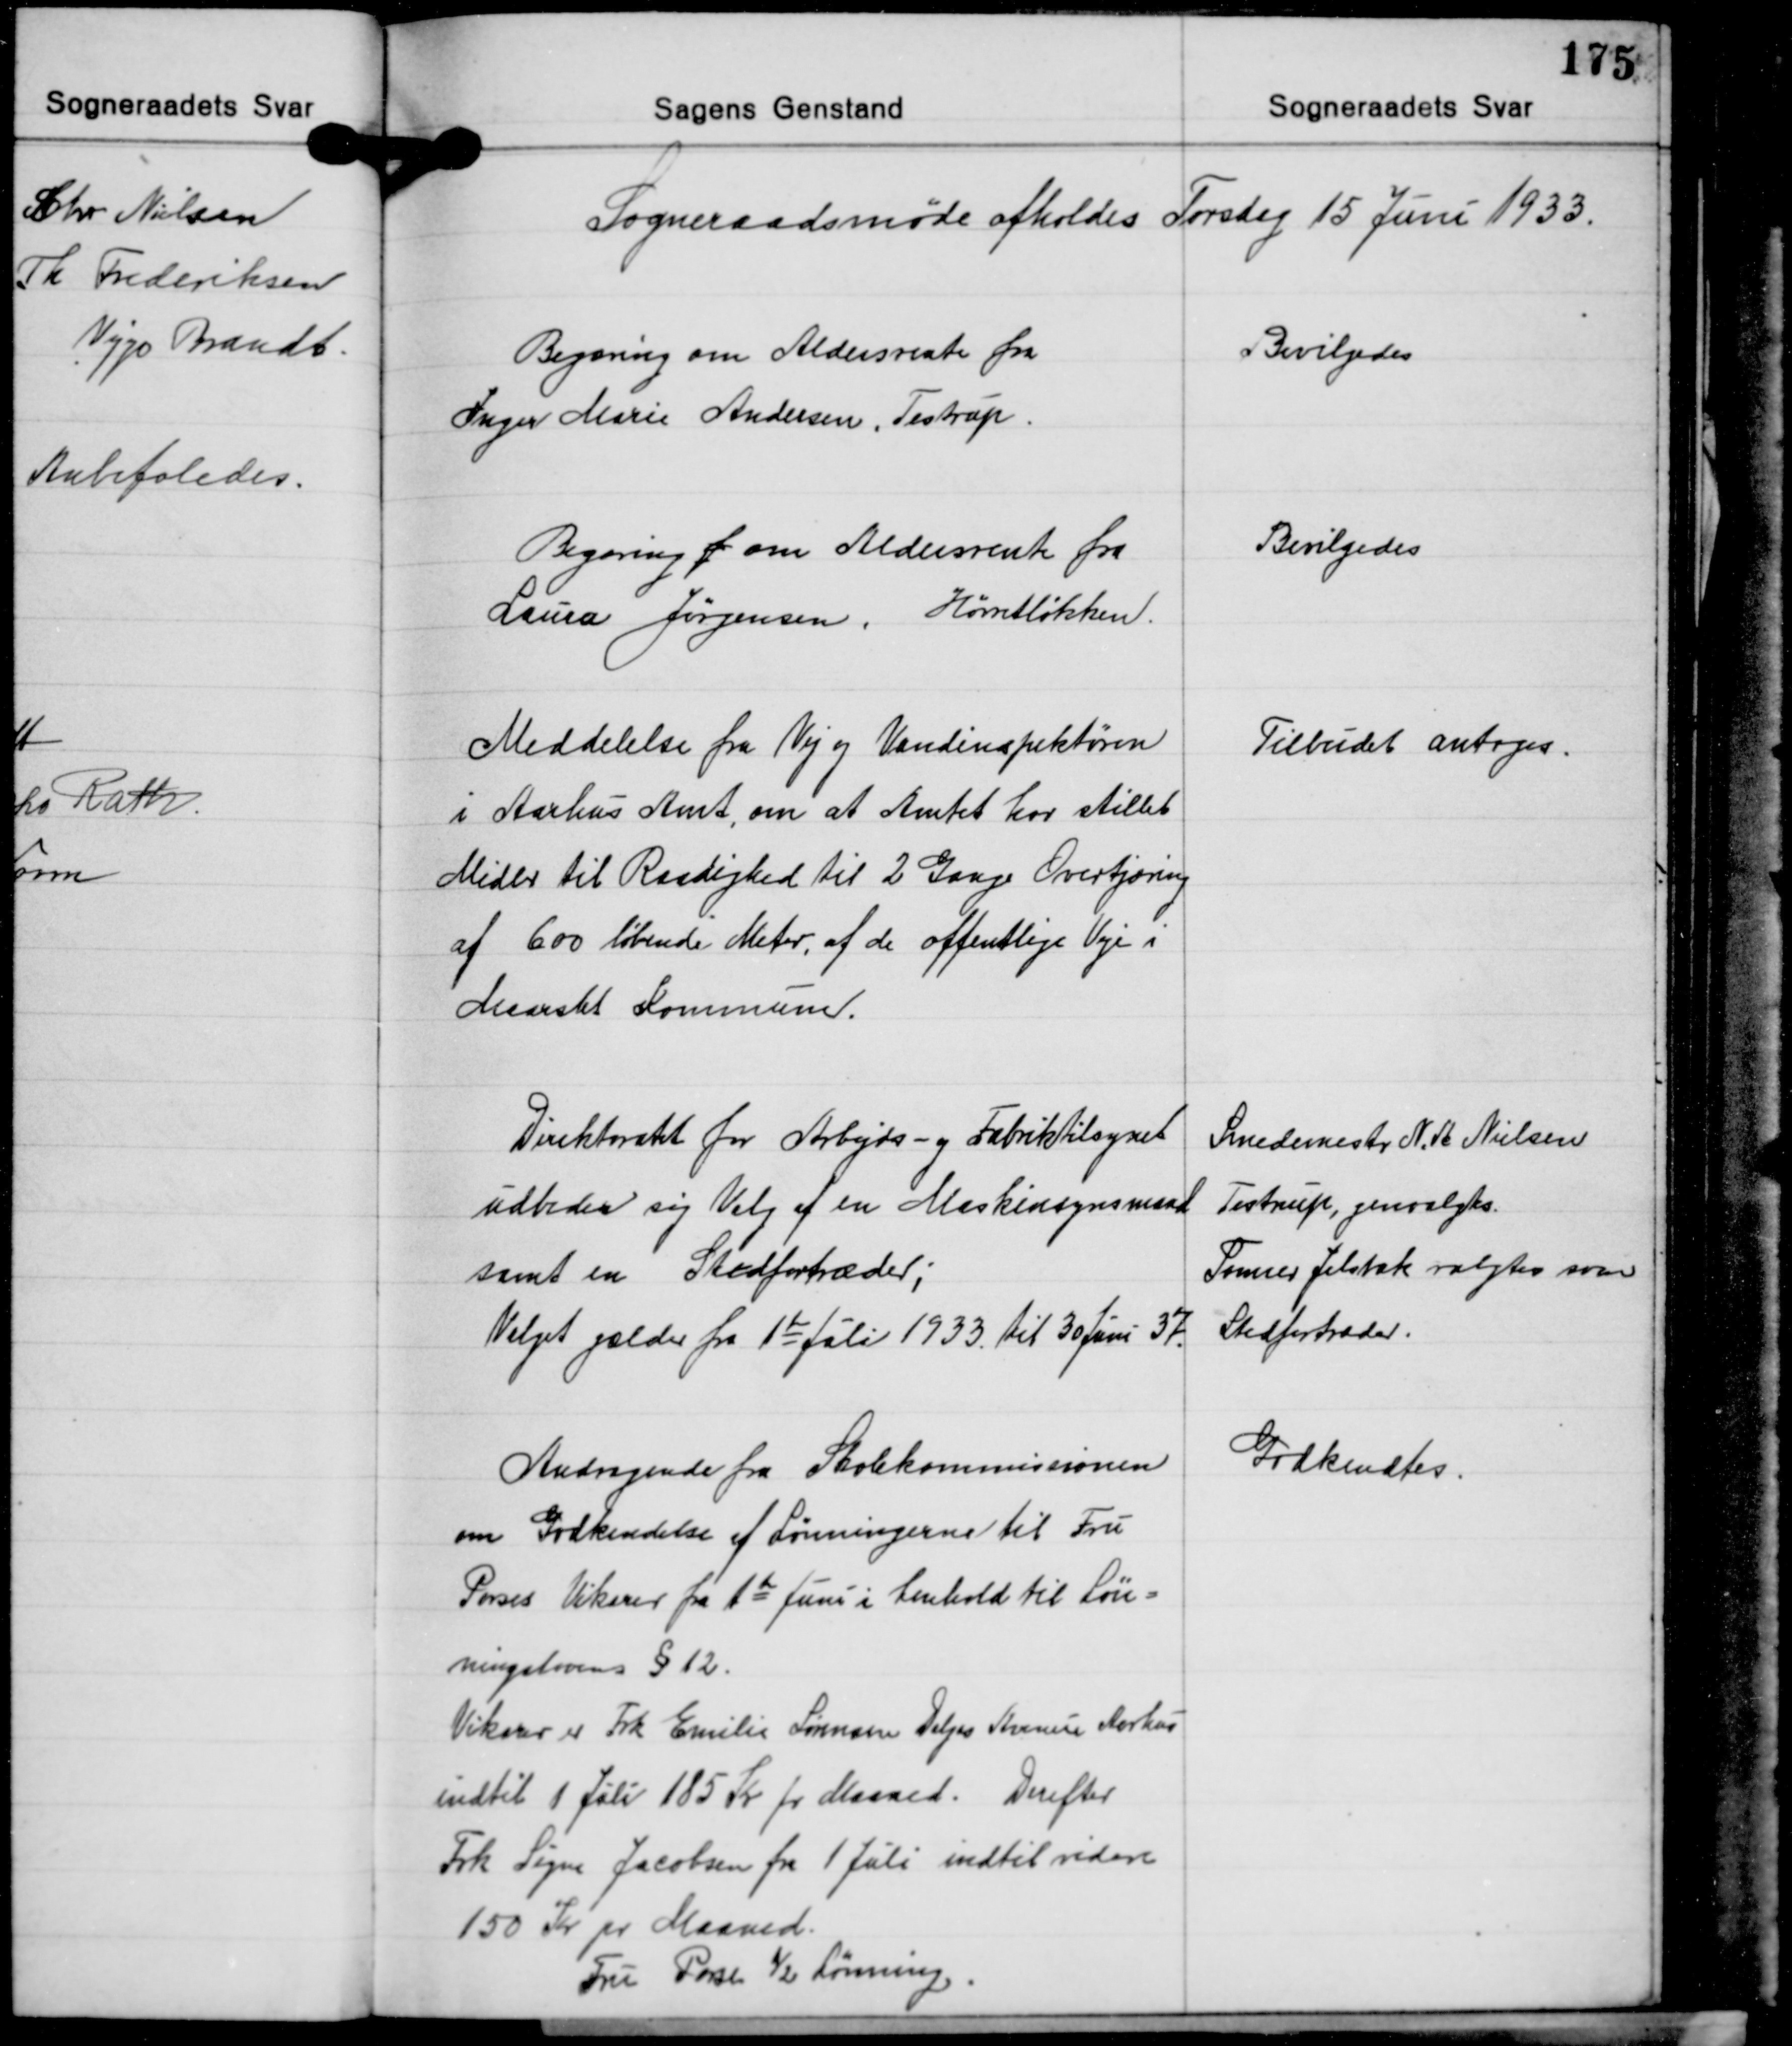
Transskription:
Sogneraadsmøde afholdes Torsdag 15 Juni 1933.

Begæring om Aldersrente fra
Inger Marie Andersen, Testrup.

Bevilgedes

Begæring f om Aldersrente fra
Laura Jørgensen, Hørretløkken.

Bevilgedes

Meddelelse fra Vej og Vandinspektøren
i Aarhus Amt, om at Amtet har stillet
Midler til Raadighed til 2 Gange Overtjæring
af 600 løbende Meter, af de offentlige Veje i
Maarslet Kommune.

Tilbudet antoges.

Direktoratet for Arbejds- og Fabriktilsynet
udbeder sig Valg af en Maskinsynsmand
samt en Stedfortræder;
Valget gælder fra 1te Juli 1933. til 30 Juni 37.

Smedemester N. A. Nielsen
Testrup, genvalgtes.
Tømrer Jelsbak valgtes som
Stedfortræder.

Godkendtes.

Andragende fra Skolekommissionen
om Godkendelse af Lønningerne til Fru
Porses Vikarer fra 1te Juni i henhold til Løn-
ningslovens § 12.
Vikarer er Frk. Emilie Sørensen Dalgas Avenue Aarhus
indtil 1 Juli 185 Kr. pr. Maaned. Derefter
Frk. Signe Jacobsen fra 1 Juli indtil videre
150 Kr. pr. Maaned.
Fru Porse ½ Lønning.